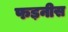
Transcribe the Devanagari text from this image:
फड़नीस